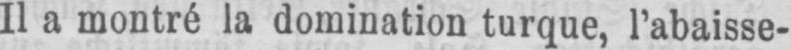
Il a montré la domination turque, l’abaisse-